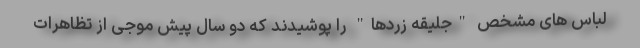
لباس های مشخص "جلیقه زردها" را پوشیدند که دو سال پیش موجی از تظاهرات